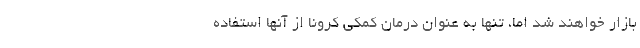
بازار خواهند شد اما، تنها به عنوان درمان کمکی کرونا از آنها استفاده